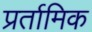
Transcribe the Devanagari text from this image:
प्रर्तामिक